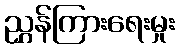
ညွှန်ကြားရေးမှုး